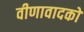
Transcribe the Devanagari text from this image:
वीणावादकों